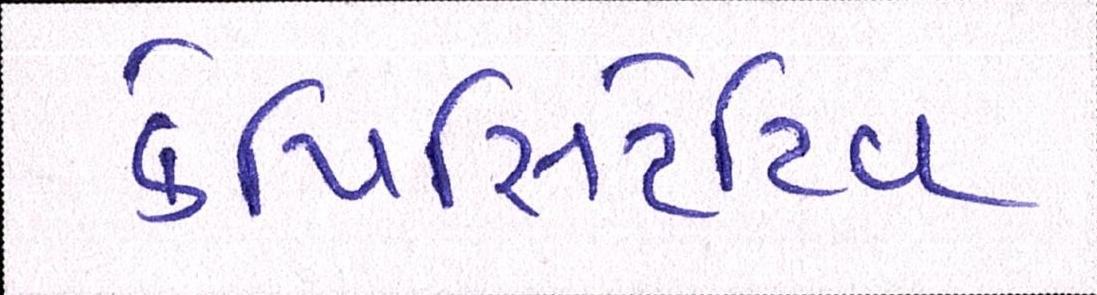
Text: કેપિસિટેટિવ